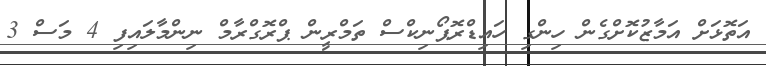
އަތޮޅަށް އަމާޒުކޮށްގެން ހިންގި ހައިޑްރޮޕޯނިކްސް ތަމްރީން ޕްރޮގްރާމް ނިންމާލައިފި 4 މަސް 3